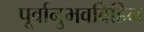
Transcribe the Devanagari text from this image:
पूर्वानुभवविहिन